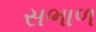
સભાળ